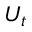
U _ { t }